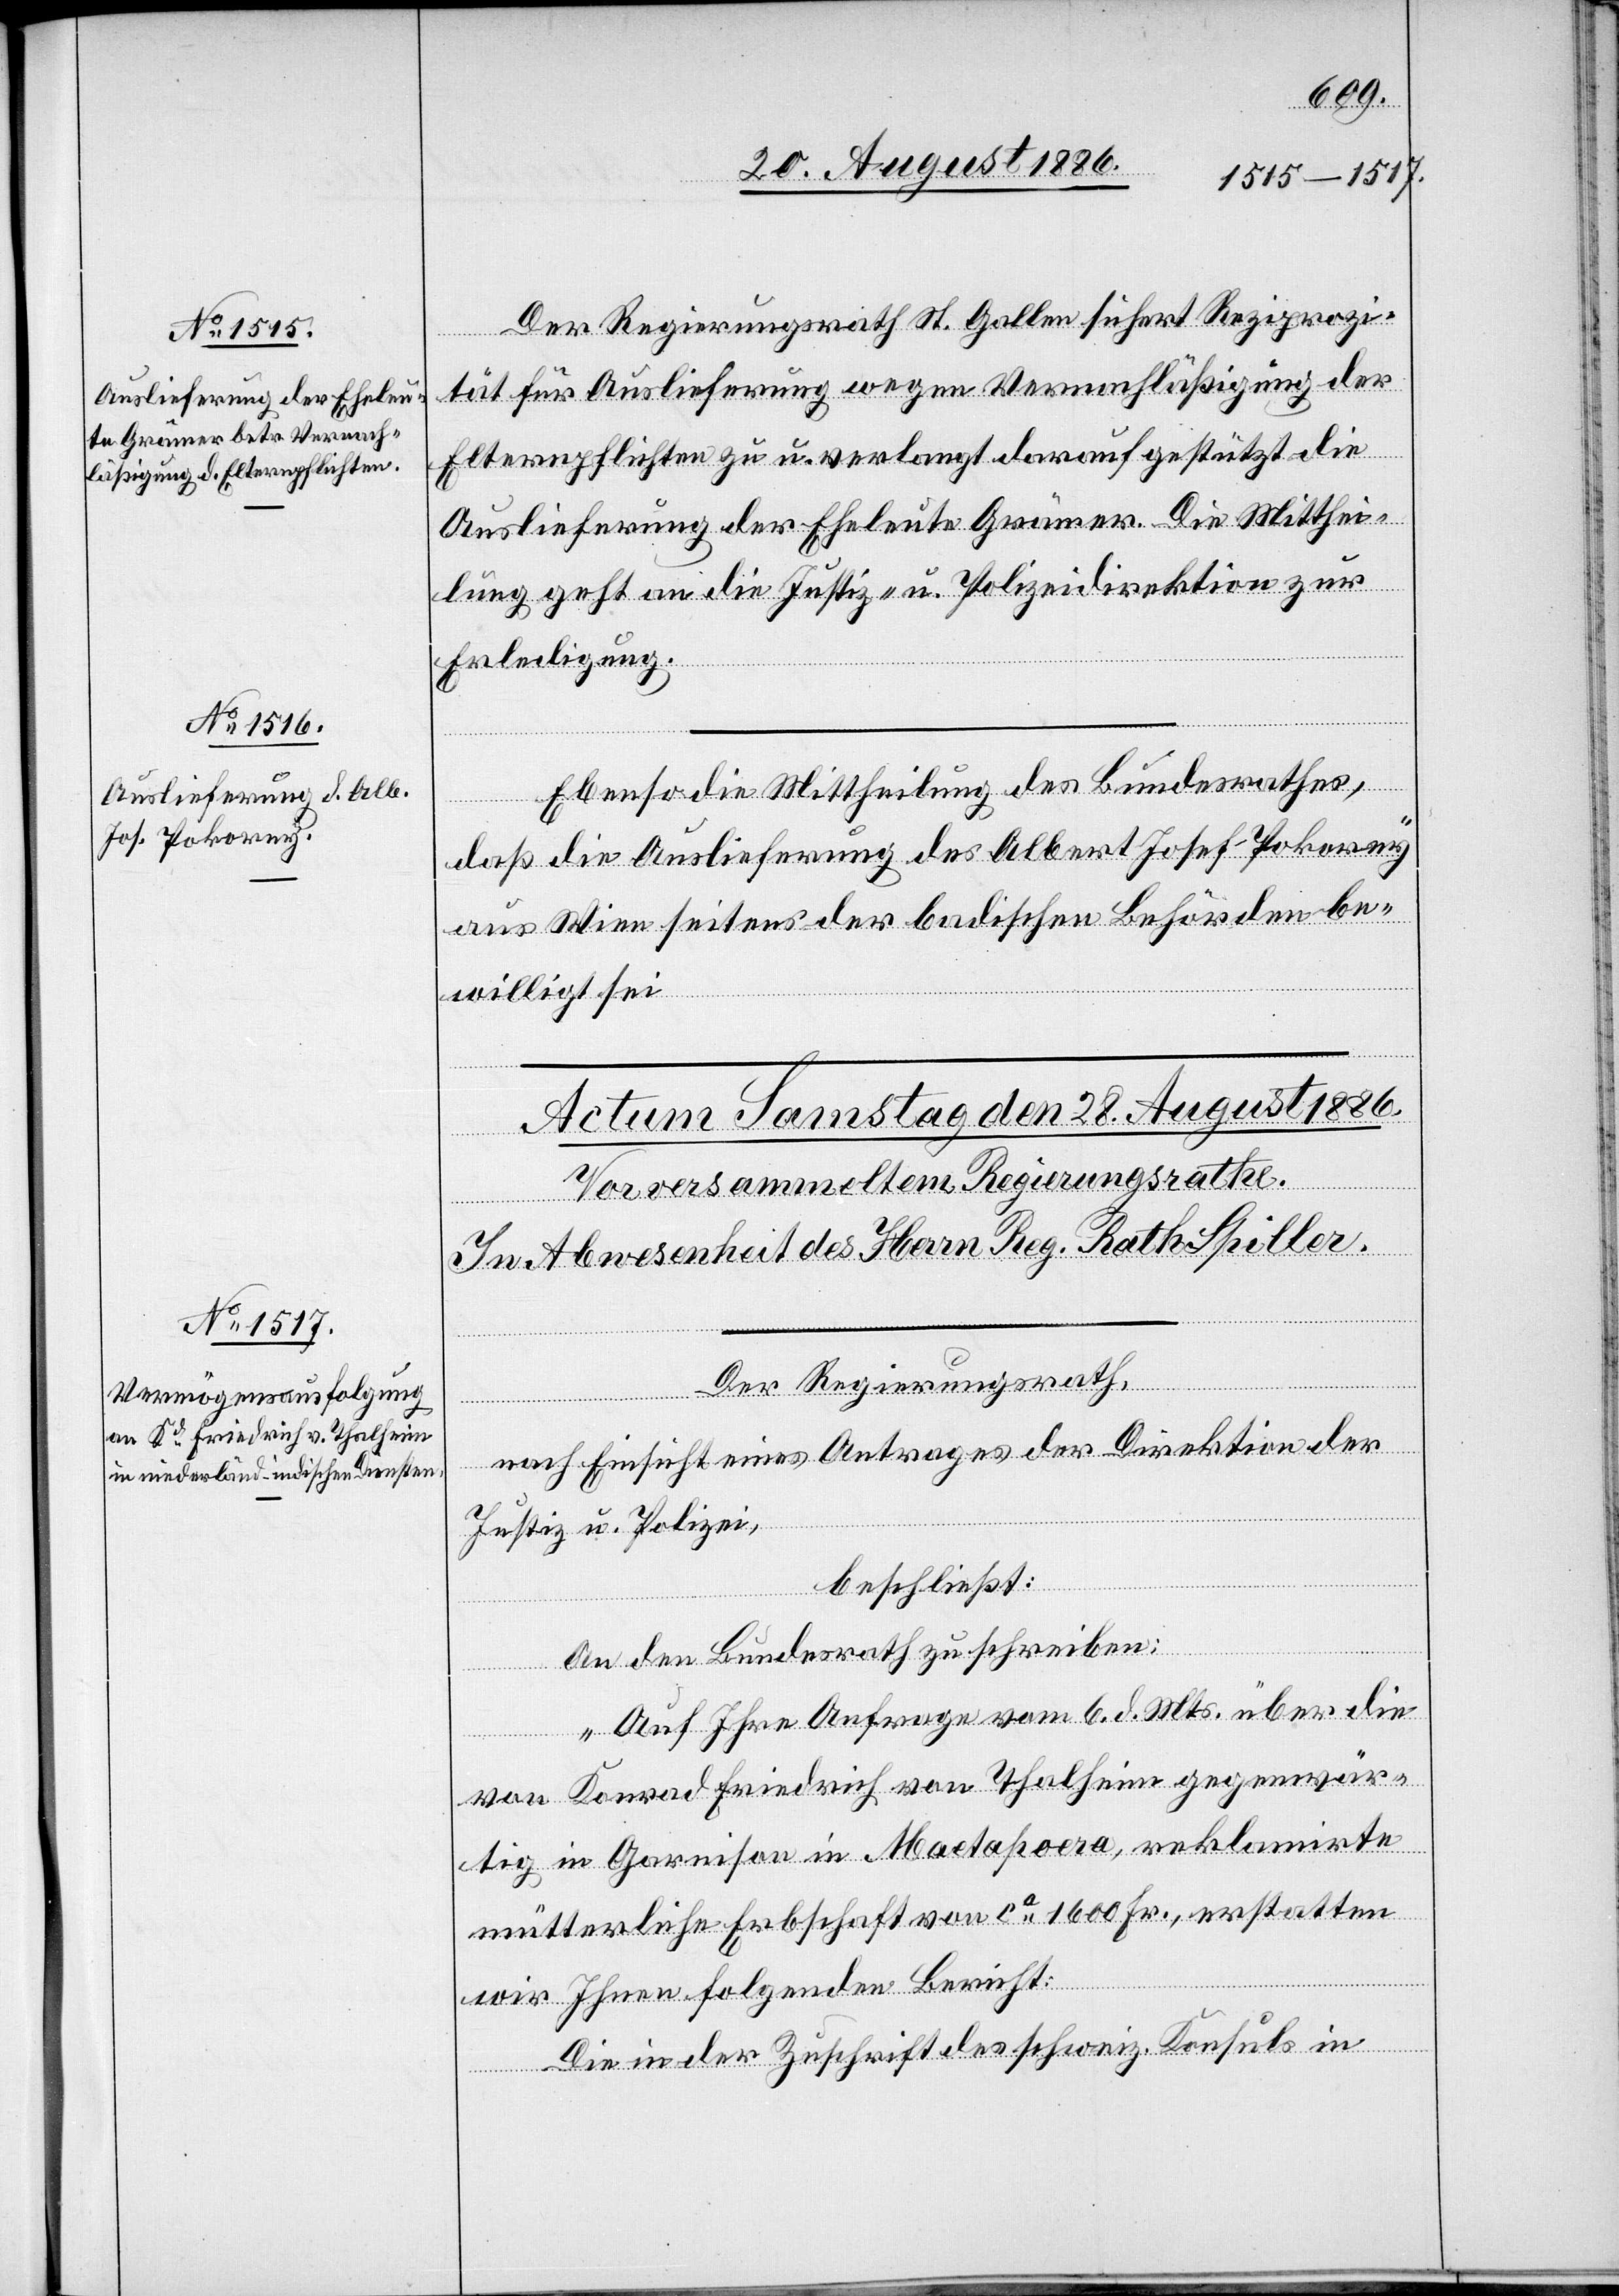
26. August 1886.]
Der Regierungsrath St. Gallen sichert die Reziprozi¬
tät für Auslieferung wegen Vernachläßigung der
Elternpflichten zu u. verlangt darauf gestützt die
Auslieferung der Eheleute Grämer. Die Mitthei¬
lung geht an die Justiz- u. Polizeidirektion zur
Erledigung.
Ebenso die Mittheilung des Bundesrathes,
daß die Auslieferung des Albert Josef Pokorny
aus Wien seitens der badischen Behörden be¬
willigt sei.
Der Regierungsrath,
nach Einsicht eines Antrages der Direktion der
Justiz & Polizei,
beschließt:
An den Bundesrath zu schreiben:
„Auf Ihre Anfrage vom 6 d. Mts. über die
von Konrad Friedrich von Thalheim gegenwär¬
tig in Garnison in Maetapoera, reklamirte
mütterliche Erbschaft von ca 1600 Fr., erstatten
wir Ihnen folgenden Bericht:
Die in der Zuschrift des schweiz. Konsuls in